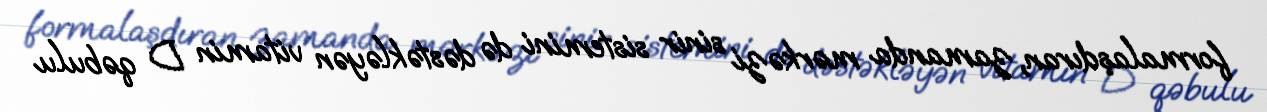
formalaşdıran, zamanda mərkəzi sinir sistemini də dəstəkləyən vitamin D qəbulu